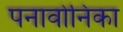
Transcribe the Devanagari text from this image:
पनावोनिका